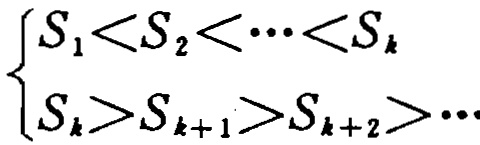
\[\begin{cases}

S_1 < S_2 < \cdots < S_k \\

S_k > S_{k + 1} > S_{k + 2} > \cdots

\end{cases}\]